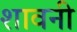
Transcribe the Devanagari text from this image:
शावनी